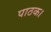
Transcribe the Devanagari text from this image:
पाठक।